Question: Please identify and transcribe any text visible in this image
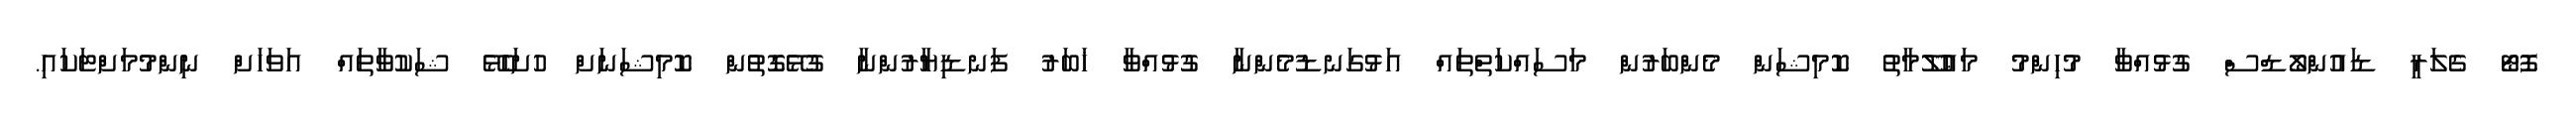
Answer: ފޮޓޯ ގެލަރީ ޑައުންލޯޑްސް ގުޅުއްވާ މުހިންމު މަޢުލޫމާތު ކޮމިޝަން މެންބަރުން މަސައްކަތްތައް އަޅުގަނޑުމެންނާ ގުޅުއްވާ ޚަބަރު ފަނޑިޔާރުންނާ ގުޅޭގޮތުން ކޮމިޝަނަށް ހުށަހެޅޭ ޝަކުވާތައް އަވަހަށް ނިންމުމަށްޓަކައި.